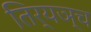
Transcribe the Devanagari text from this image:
तिर्यञ्च